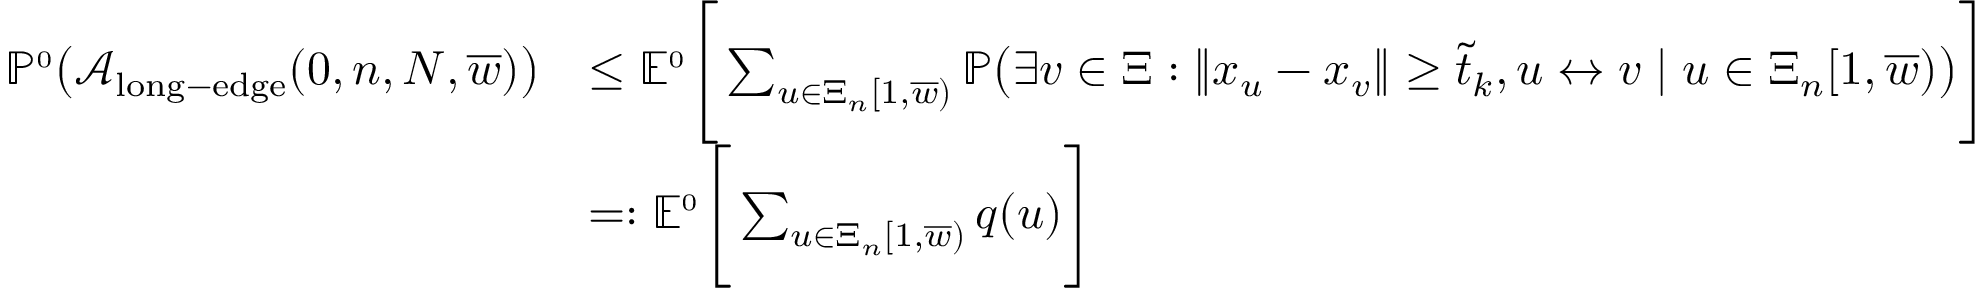
\begin{array} { r l } { \mathbb { P } ^ { \scriptscriptstyle 0 } \big ( { \mathcal A } _ { \mathrm { l o n g - e d g e } } ( 0 , n , N , \overline { { w } } ) \big ) } & { \le \mathbb E ^ { \scriptscriptstyle 0 } \Bigg [ \sum _ { u \in \Xi _ { n } [ 1 , \overline { { w } } ) } \mathbb { P } \big ( \exists v \in \Xi : \| x _ { u } - x _ { v } \| \ge \tilde { t } _ { k } , u \leftrightarrow v \mid u \in \Xi _ { n } [ 1 , \overline { { w } } ) \big ) \Bigg ] } \\ & { = : \mathbb E ^ { \scriptscriptstyle 0 } \Bigg [ \sum _ { u \in \Xi _ { n } [ 1 , \overline { { w } } ) } q ( u ) \Bigg ] } \end{array}